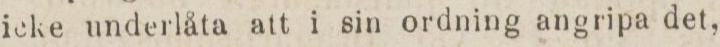
icke underlåta att i sin ordning angripa det,